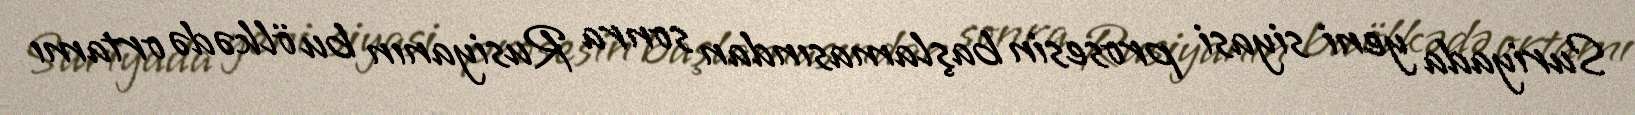
Suriyada yeni siyasi prosesin başlamasından sonra Rusiyanın bu ölkədə ortamı